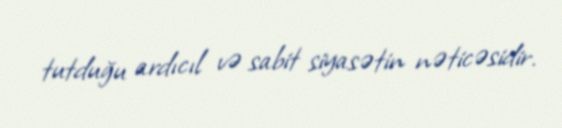
tutduğu ardıcıl və sabit siyasətin nəticəsidir.